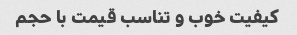
کیفیت خوب و تناسب قیمت با حجم